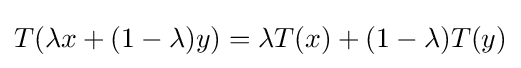
T(\lambda x+(1-\lambda )y)=\lambda T(x)+(1-\lambda )T(y)